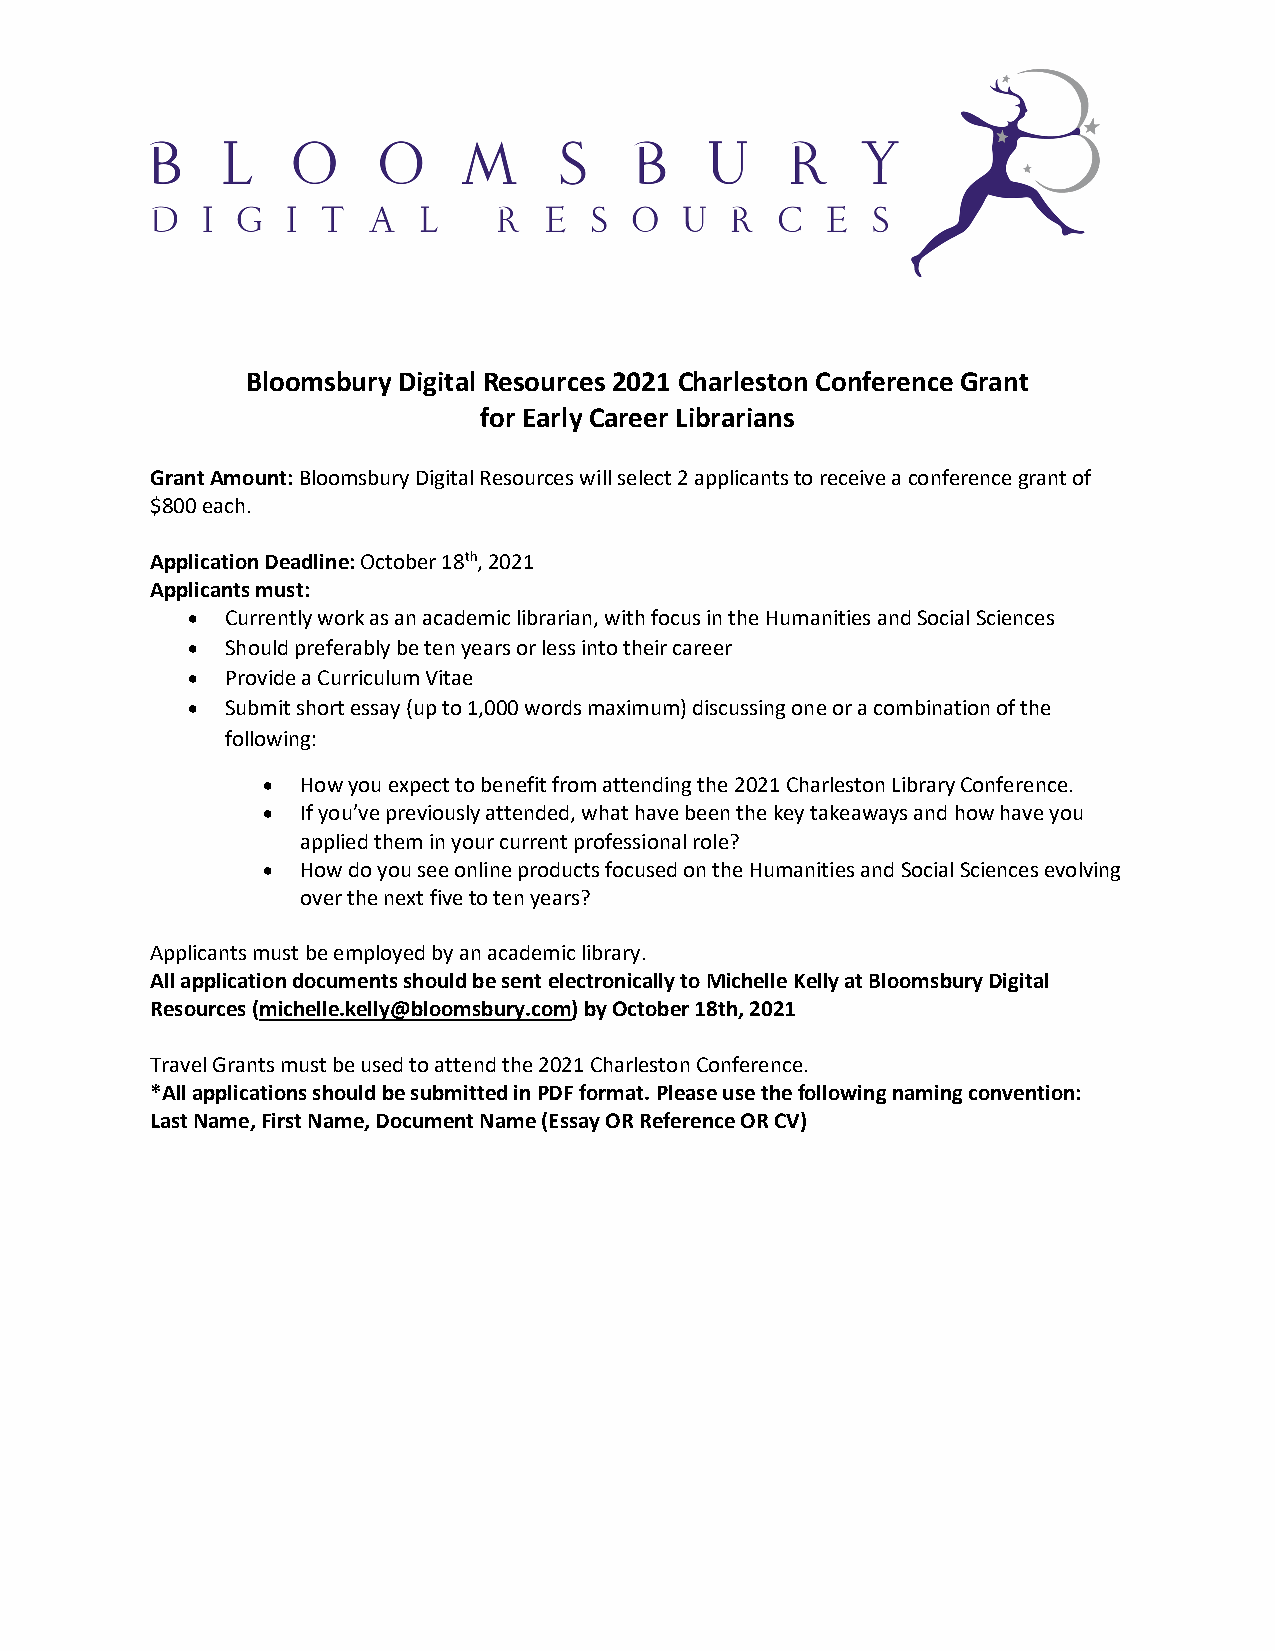
Bloomsbury Digital Resources 2021 Charleston Conference Grant
 for Early Career Librarians
 Grant Amount: Bloomsbury Digital Resources will select 2 applicants to receive a conference grant of
 $800 each.
 Application Deadline: October 18th, 2021
 Applicants must:
 •  Currently work as an academic librarian, with focus in the Humanities and Social Sciences
 •  Should preferably be ten years or less into their career
 •  Provide a Curriculum Vitae
 •  Submit short essay (up to 1,000 words maximum) discussing one or a combination of the
 following:
 •  How you expect to benefit from attending the 2021 Charleston Library Conference.
 •  If you’ve previously attended, what have been the key takeaways and how have you
 applied them in your current professional role?
 •  How do you see online products focused on the Humanities and Social Sciences evolving
 over the next five to ten years?
 Applicants must be employed by an academic library.
 All application documents should be sent electronically to Michelle Kelly at Bloomsbury Digital
 Resources (michelle.kelly@bloomsbury.com) by October 18th, 2021
 Travel Grants must be used to attend the 2021 Charleston Conference.
 *All applications should be submitted in PDF format. Please use the following naming convention:
 Last Name, First Name, Document Name (Essay OR Reference OR CV)